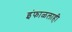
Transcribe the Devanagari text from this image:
इंफाळलाही